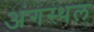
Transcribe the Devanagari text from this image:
अंगस्थल